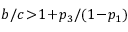
b / c \! > \! 1 \! + \! p _ { 3 } / ( 1 \! - \! p _ { 1 } )